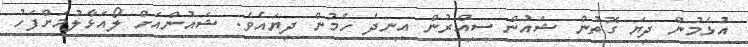
އުޅެމުން ދިޔަ ގޮތުން ޝައުން ސިއްރުން އިނދެ ހެމުން ދިޔައެވެ. ޝައުންއަށް ލޯއަޅާލުމަށްފަހު